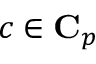
c \in \mathbf { C } _ { p }